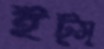
ইট্স্